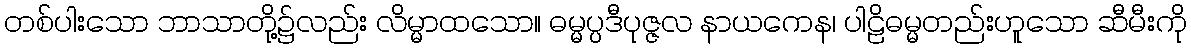
တစ်ပါးသော ဘာသာတို့၌လည်း လိမ္မာထသော။ ဓမ္မပ္ပဒီပုဇ္ဇလ နာယကေန၊ ပါဠိဓမ္မတည်းဟူသော ဆီမီးကို